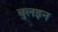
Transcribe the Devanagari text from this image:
बुलइन